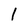
Character: 1